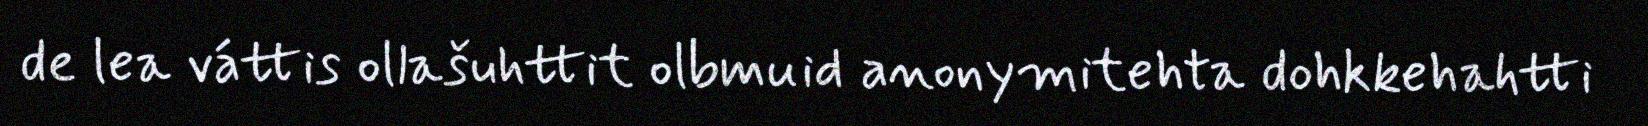
de lea váttis ollašuhttit olbmuid anonymitehta dohkkehahtti